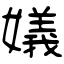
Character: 嬟